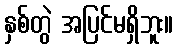
နှစ်တွဲ အပြင်မရှိဘူး။